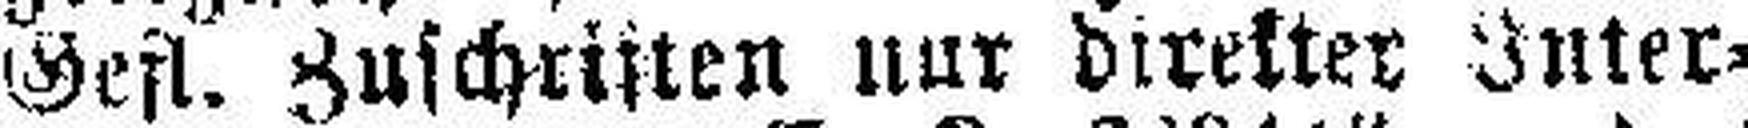
Gefl. Zuschriften nur direkter Inter¬